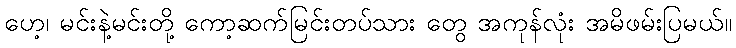
ဟေ့၊ မင်းနဲ့မင်းတို့ ကော့ဆက်မြင်းတပ်သား တွေ အကုန်လုံး အမိဖမ်းပြမယ်။